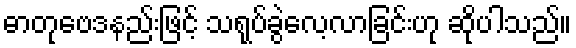
ဓာတုဗေဒနည်းဖြင့် သရုပ်ခွဲလေ့လာခြင်းဟု ဆိုပါသည်။